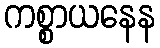
ကစ္စာယနေန